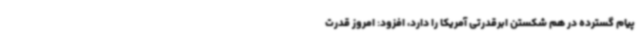
پیام گسترده در هم شکستن ابرقدرتی آمریکا را دارد، افزود: امروز قدرت